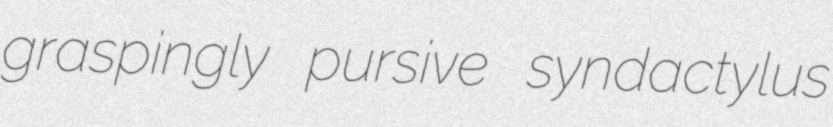
graspingly pursive syndactylus